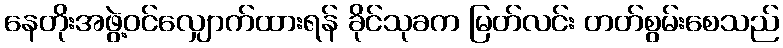
နေတိုးအဖွဲ့ဝင်လျှောက်ထားရန် ခိုင်သုခက မြတ်လင်း တတ်စွမ်းစေသည်